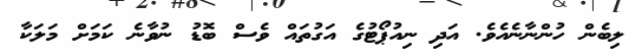
ލިބެން ހުންނާނެއެވެ. އަދި ނިއުޕޯޓުގެ އަގުތައް ވެސް ބޮޑު ނުވާނެ ކަމަށް މަލަކާ